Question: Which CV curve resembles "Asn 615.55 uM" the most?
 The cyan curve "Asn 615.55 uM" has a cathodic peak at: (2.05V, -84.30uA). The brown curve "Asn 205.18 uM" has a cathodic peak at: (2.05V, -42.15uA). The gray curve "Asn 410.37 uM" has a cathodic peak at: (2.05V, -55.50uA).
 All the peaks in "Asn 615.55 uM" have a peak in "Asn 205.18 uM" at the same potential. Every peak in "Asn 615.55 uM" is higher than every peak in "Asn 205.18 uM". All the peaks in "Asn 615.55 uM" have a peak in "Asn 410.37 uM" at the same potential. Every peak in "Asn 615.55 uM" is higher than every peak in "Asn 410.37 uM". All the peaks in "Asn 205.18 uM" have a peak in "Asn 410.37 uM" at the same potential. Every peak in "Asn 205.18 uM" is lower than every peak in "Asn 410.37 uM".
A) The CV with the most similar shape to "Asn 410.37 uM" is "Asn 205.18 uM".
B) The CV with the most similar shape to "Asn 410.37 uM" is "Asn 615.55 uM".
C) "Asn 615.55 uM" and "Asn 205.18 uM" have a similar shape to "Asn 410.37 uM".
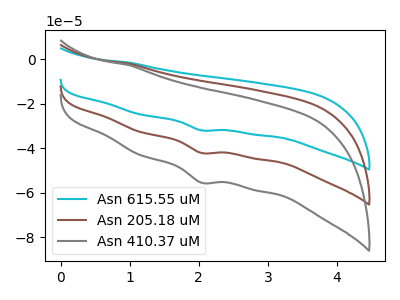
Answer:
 <answer>C) "Asn 615.55 uM" and "Asn 205.18 uM" have a similar shape to "Asn 410.37 uM".</answer>
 <eval>C</eval>